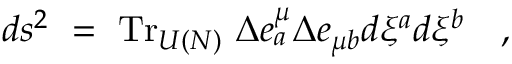
d s ^ { 2 } ~ = ~ \mathrm { T r } _ { U ( N ) } ~ \Delta e _ { a } ^ { \mu } \Delta e _ { \mu b } d \xi ^ { a } d \xi ^ { b } \quad ,